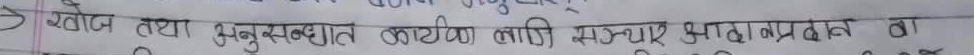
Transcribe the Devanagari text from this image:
खेल तथा अनुसन्धान कार्यक्रमका लागि सञ्चार आप्रदान वा